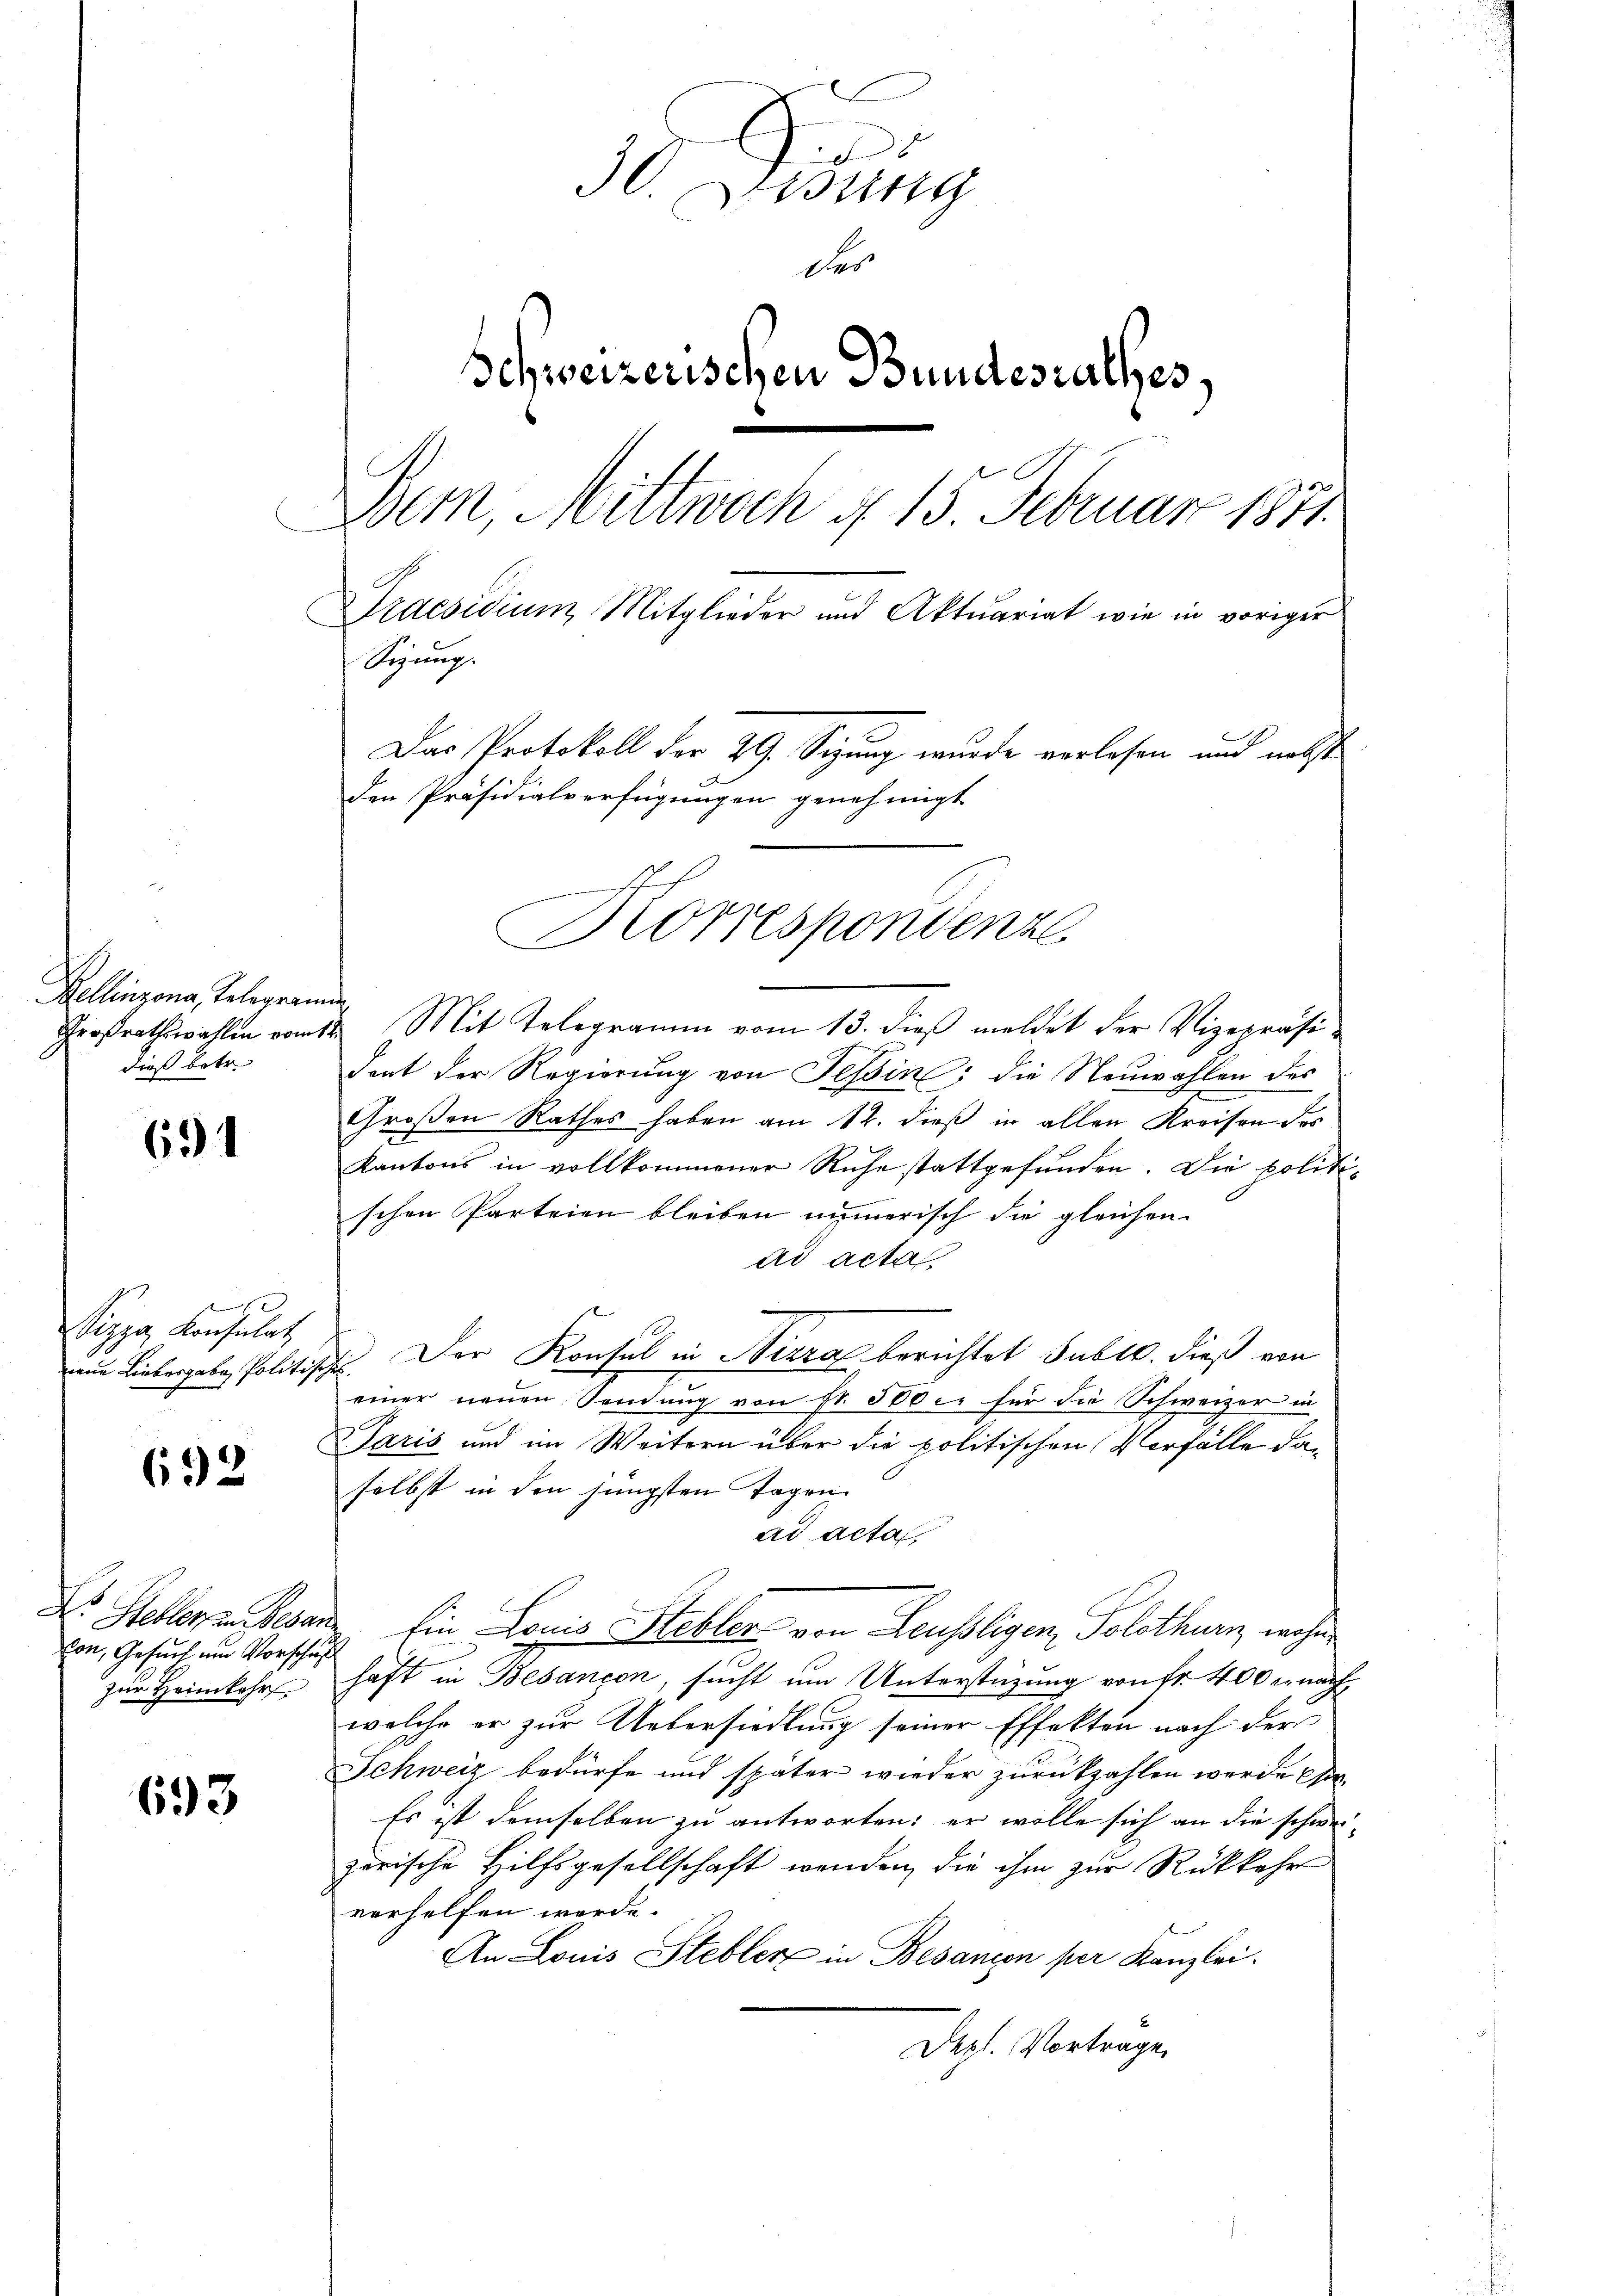
Bellinzona, Telegrammen
dieß betr.

631

x
Sizza Konsulat
nene Liebesgabe Politi

692

E
von, Gesuch und Vorschuß
zur Heimkehr

693

30. Jung
des
Schweizerischen Bundesrathes,
Bern, Mittwoch 1 15. Februar 1871.
Praesidium Mitglieder und Aktuariat wie in voriger
Sizung.
Das Protokoll der 29. Sizung wurde verlesen und nebst
den Präsidialverfügungen genehmigt.

Großrathswahlen vom 12. Mit Telegramm vom 13. dieß meldet der Vizepräsident der Regierung von Tessin; die Neuwahlen des
Großen Rathes haben am 12. dieß in allen Kreisen des
Kantons in vollkommener Ruhe stattgefunden. Die politischen Parteien bleiben numerisch die gleichen
ad acta
Der Konsul in Niera berichtet sub 10. dieß von
2
einer neŭen Sendung von fr. 500 er für die Schweizer in
Paris und im Weitern über die politischen Vorfälle daselbst in den jüngsten Tagen.
ad acta
Steller Reser Ein Louis Stebler von Leussligen, Solothurn, wohnhaft in Besancen, sucht um Unterstüzung von Fr. 400 nach
welche er zur Uebersiedlung seiner Effekten nach der
Schweiz bedürfe und später wieder zurückzahlen werde Ge¬
Es ist demselben zu antworten: er wolle sich an die schweizerische Hilfsgesellschaft wenden, die ihm zur Rückkehr
verhelfen werde.
An Louis Stebler in Besanien per Kanzlei.
Depl. Vortrage

Dorrespondenz